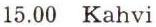
15.00 Kahvi